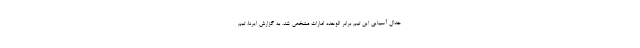
جدال آسیایی این تیم برابر الوحده امارات مشخص شد. به گزارش ایرنا، تیم